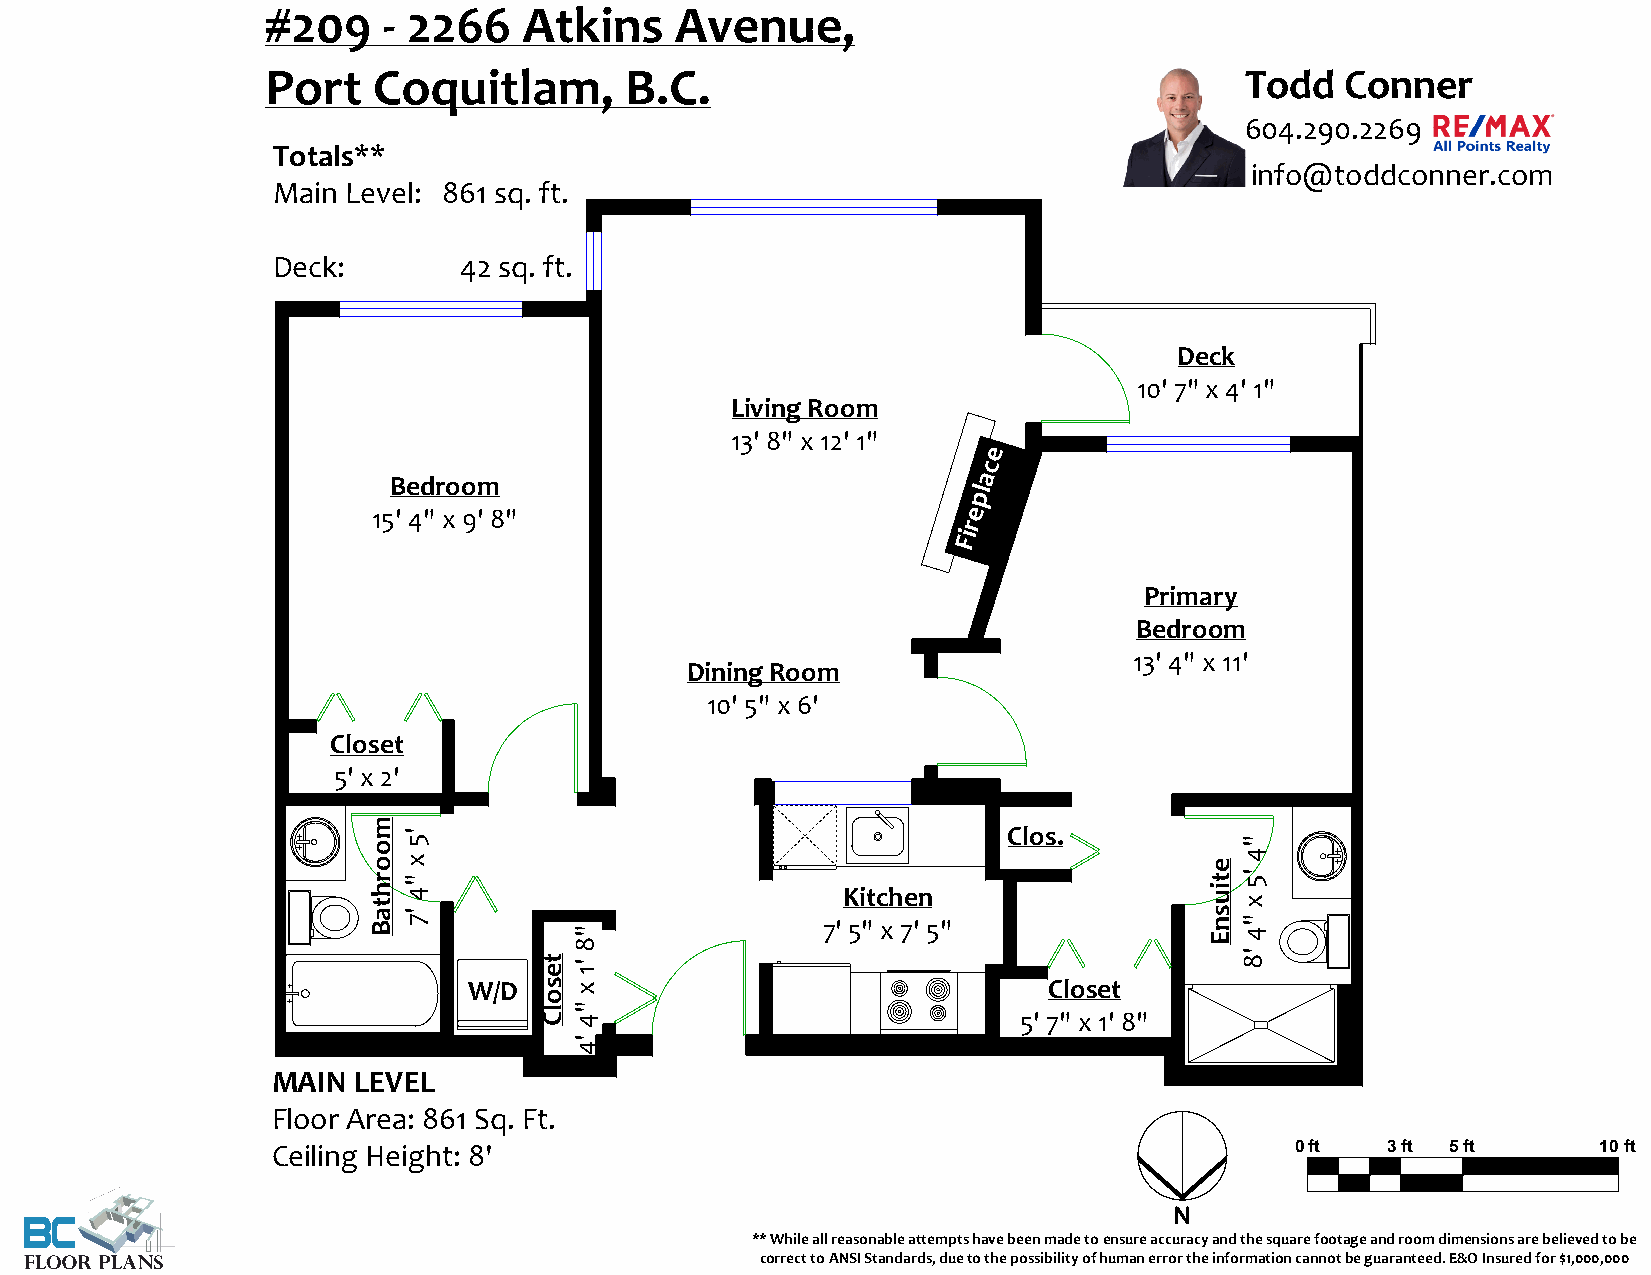
#209   ‐ 2266    Atkins    Avenue,
 Port   Coquitlam,      B.C.                                     Todd   Conner
 604.290.2269
 Totals**
 info@toddconner.com
 Main Level: 861 sq. ft.
 Deck:       42 sq. ft.
 Deck
 10' 7" x 4' 1"
 Living Room
 13' 8" x 12' 1"
 e
 c
 Bedroom                                a
 l
 p
 15' 4" x 9' 8"                         e
 r
 i
 F
 Primary
 Bedroom
 13' 4" x 11'
 Dining Room
 10' 5" x 6'
 Closet
 5' x 2'
 Clos.
 Kitchen
 7' 5" x 7' 5"
 W/D                                   Closet
 5' 7" x 1' 8"
 MAIN LEVEL
 Floor Area: 861 Sq. Ft.
 0 ft  3 ft 5 ft     10 ft
 Ceiling Height: 8'
 ** While all reasonable attempts have been made to ensure accuracy and the square footage and room dimensions are believed to be
 correct to ANSI Standards, due to the possibility of human error the information cannot be guaranteed. E&O Insured for $1,000,000
 moorhtaB
 '5
 x
 "4
 '7
 tesolC
 "8
 '1
 x
 "4
 '4
 etiusnE
 "4
 '5
 x
 "4
 '8